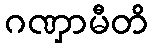
ဂဏှာမီတိ